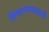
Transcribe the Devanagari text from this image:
विभागण्यासाठी